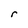
Character: r